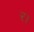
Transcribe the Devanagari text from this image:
र।